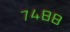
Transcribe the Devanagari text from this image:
७४८८